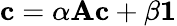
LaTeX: {\mathbf c}=\alpha{\mathbf A}{\mathbf c}+\beta{\mathbf 1}